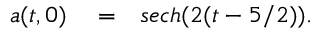
\begin{array} { r l r } { a ( t , 0 ) } & { { } = } & { s e c h ( 2 ( t - 5 / 2 ) ) . } \end{array}